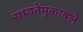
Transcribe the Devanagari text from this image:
सभ्यतेंमुकाबले